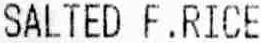
SALTED F . RICE